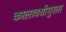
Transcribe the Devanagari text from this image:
कालावधीपुरता